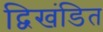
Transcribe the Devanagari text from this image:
द्विखंडित